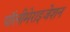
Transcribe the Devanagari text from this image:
पॉलीमेराइजेशन